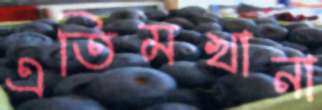
এতিমখানা